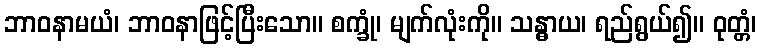
ဘာဝနာမယံ၊ ဘာဝနာဖြင့်ပြီးသော။ စက္ခုံ၊ မျက်လုံးကို။ သန္ဓာယ၊ ရည်ရွယ်၍။ ဝုတ္တံ၊